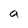
Character: a